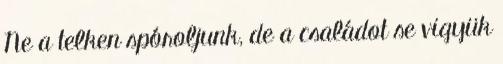
Ne a telken spóroljunk, de a családot se vigyük